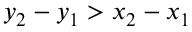
y _ { 2 } - y _ { 1 } > x _ { 2 } - x _ { 1 }